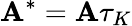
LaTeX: {\mathbf{A}}^{*}={\mathbf{A}}\tau_{K}